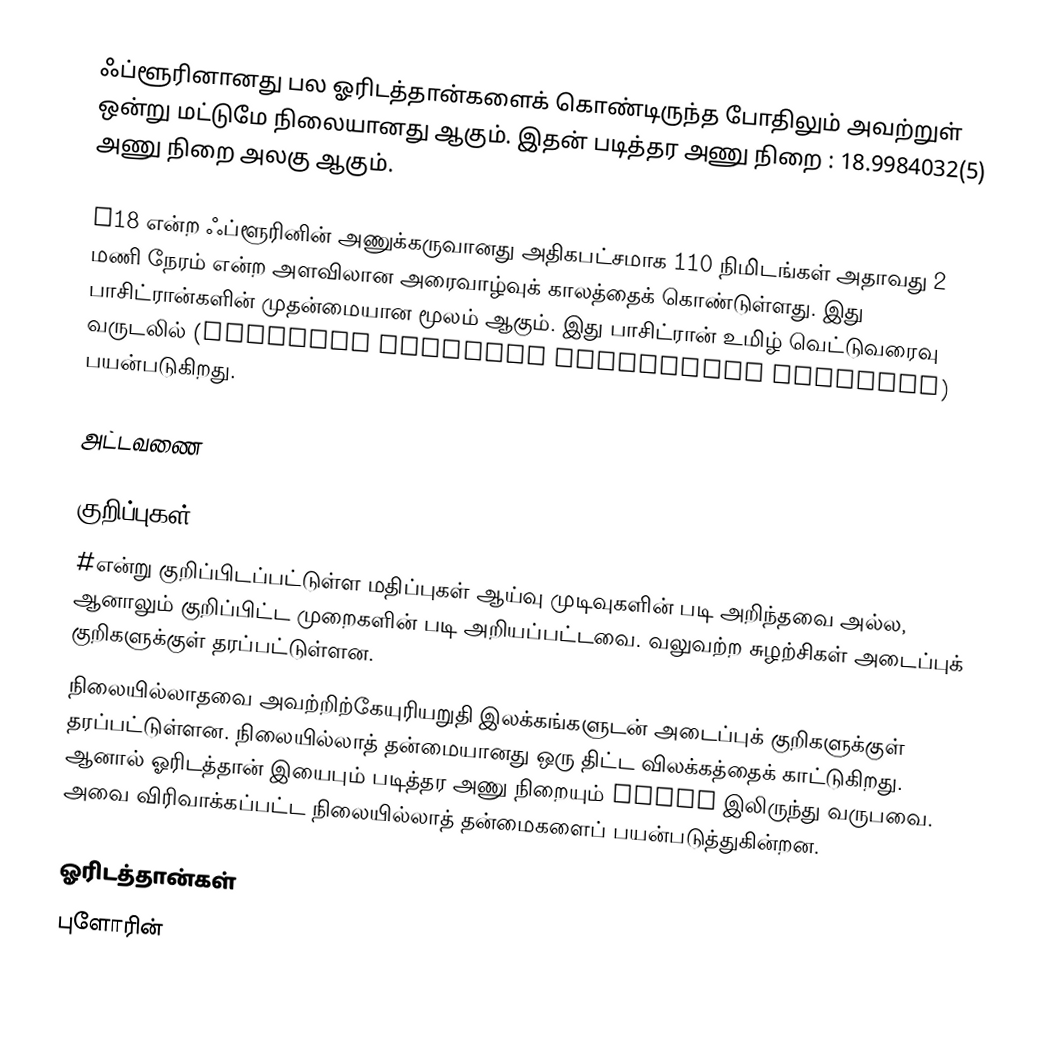
ஃப்ளூரினானது பல ஓரிடத்தான்களைக் கொண்டிருந்த போதிலும் அவற்றுள் ஒன்று மட்டுமே நிலையானது ஆகும். இதன் படித்தர அணு நிறை : 18.9984032(5) அணு நிறை அலகு ஆகும்.

F18 என்ற ஃப்ளூரினின் அணுக்கருவானது அதிகபட்சமாக 110 நிமிடங்கள் அதாவது 2 மணி நேரம் என்ற அளவிலான அரைவாழ்வுக் காலத்தைக் கொண்டுள்ளது. இது பாசிட்ரான்களின் முதன்மையான மூலம் ஆகும். இது பாசிட்ரான் உமிழ் வெட்டுவரைவு வருடலில் (Positron Emission Tomography scanning) பயன்படுகிறது.

அட்டவணை

குறிப்புகள்
#என்று குறிப்பிடப்பட்டுள்ள மதிப்புகள் ஆய்வு முடிவுகளின் படி அறிந்தவை அல்ல, ஆனாலும் குறிப்பிட்ட முறைகளின் படி அறியப்பட்டவை. வலுவற்ற சுழற்சிகள் அடைப்புக் குறிகளுக்குள் தரப்பட்டுள்ளன.
நிலையில்லாதவை அவற்றிற்கேயுரியறுதி இலக்கங்களுடன் அடைப்புக் குறிகளுக்குள் தரப்பட்டுள்ளன. நிலையில்லாத் தன்மையானது ஒரு திட்ட விலக்கத்தைக் காட்டுகிறது. ஆனால் ஓரிடத்தான் இயைபும் படித்தர அணு நிறையும் IUPAC இலிருந்து வருபவை. அவை விரிவாக்கப்பட்ட நிலையில்லாத் தன்மைகளைப் பயன்படுத்துகின்றன.

ஓரிடத்தான்கள்
புளோரின்